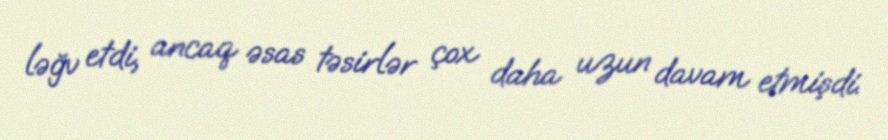
ləğv etdi, ancaq əsas təsirlər çox daha uzun davam etmişdi.